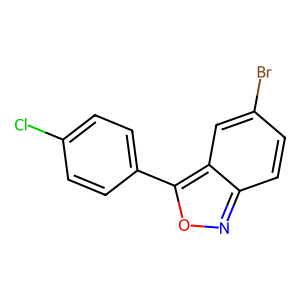
SMILES: Clc1ccc(-c2onc3ccc(Br)cc23)cc1
Inhibits HIV replication: No